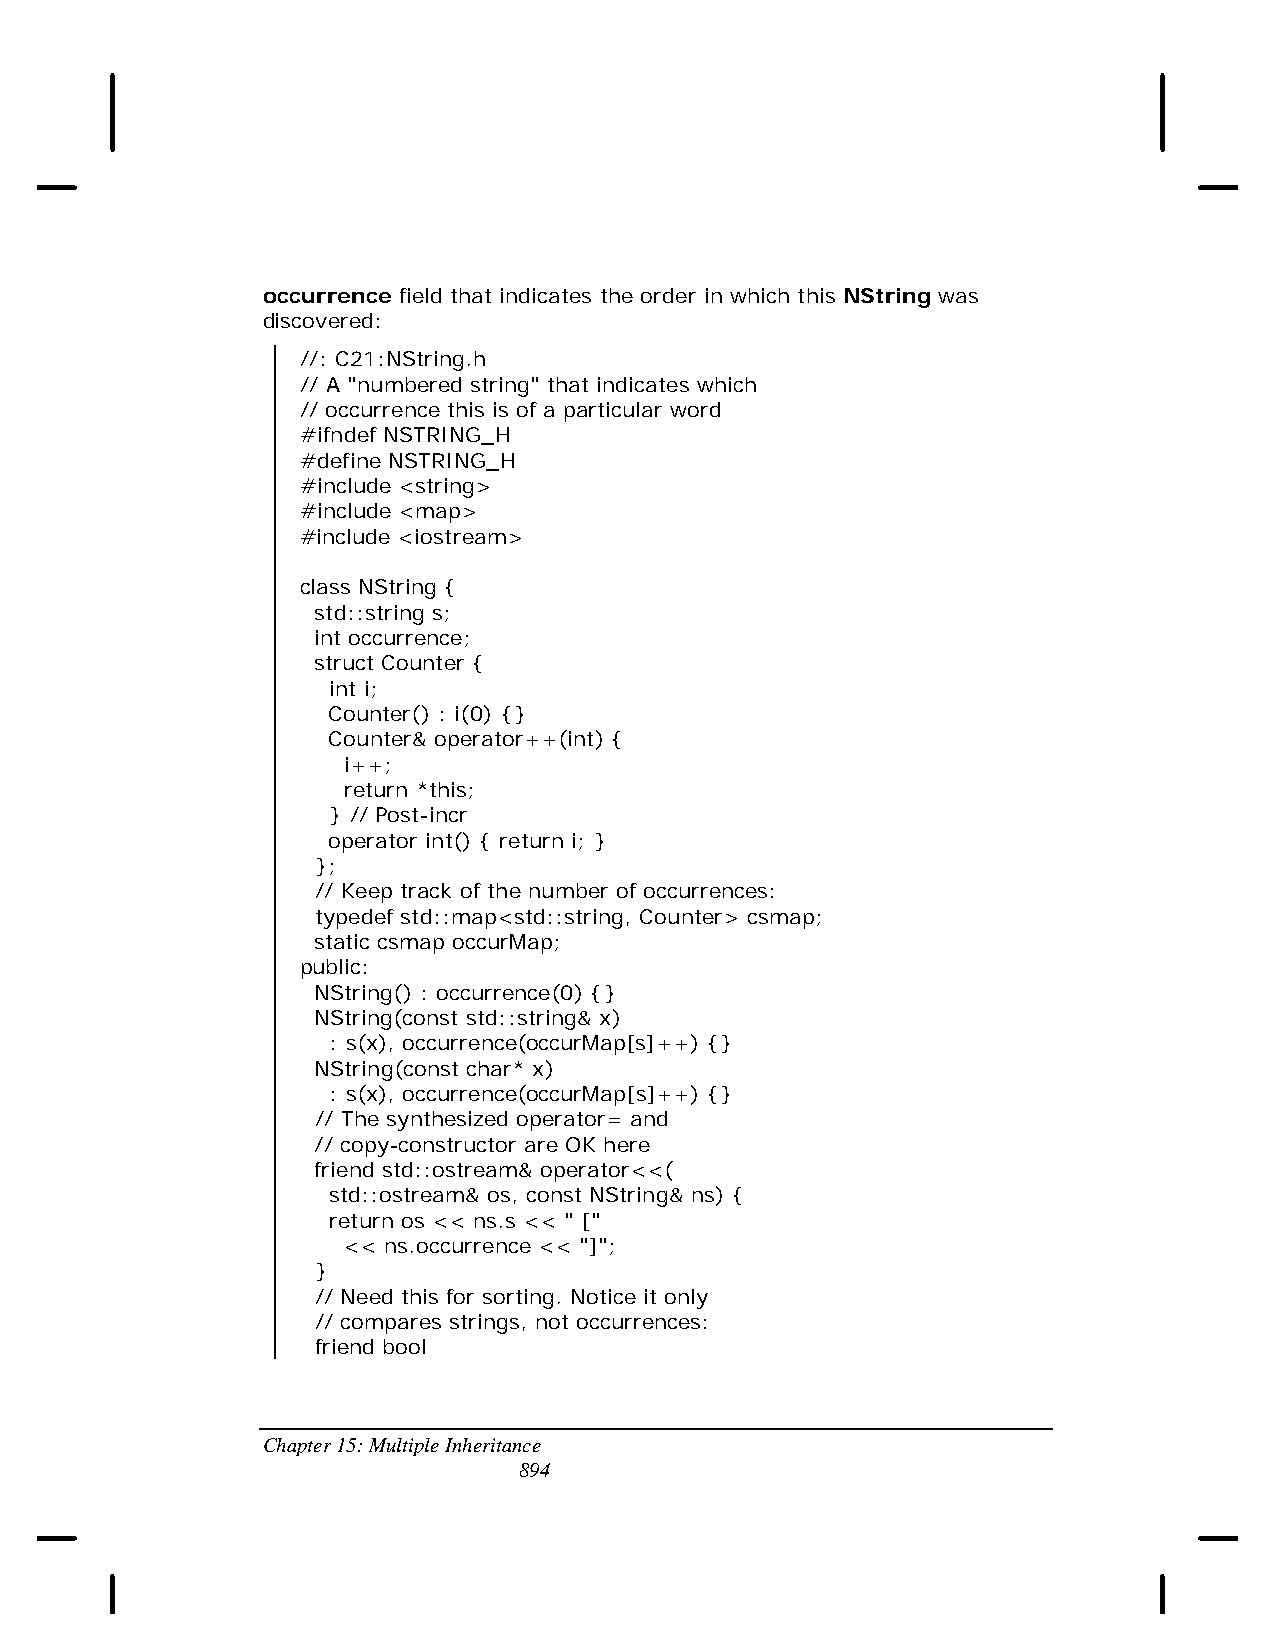
occurrence field that indicates the order in which this NString was
 discovered:
 //: C21:NString.h
 // A "numbered string" that indicates which
 // occurrence this is of a particular word
 #ifndef NSTRING_H
 #define NSTRING_H
 #include <string>
 #include <map>
 #include <iostream>
 class NString {
 std::string s;
 int occurrence;
 struct Counter {
 int i;
 Counter() : i(0) {}
 Counter& operator++(int) {
 i++;
 return *this;
 } // Post-incr
 operator int() { return i; }
 };
 // Keep track of the number of occurrences:
 typedef std::map<std::string, Counter> csmap;
 static csmap occurMap;
 public:
 NString() : occurrence(0) {}
 NString(const std::string& x)
 : s(x), occurrence(occurMap[s]++) {}
 NString(const char* x)
 : s(x), occurrence(occurMap[s]++) {}
 // The synthesized operator= and
 // copy-constructor are OK here
 friend std::ostream& operator<<(
 std::ostream& os, const NString& ns) {
 return os << ns.s << " ["
 << ns.occurrence << "]";
 }
 // Need this for sorting. Notice it only
 // compares strings, not occurrences:
 friend bool
 Chapter 15: Multiple Inheritance
 894